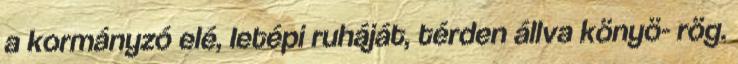
a kormányzó elé, letépi ruháját, térden állva könyö- rög.